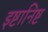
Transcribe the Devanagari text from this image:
इष्टानिष्ट